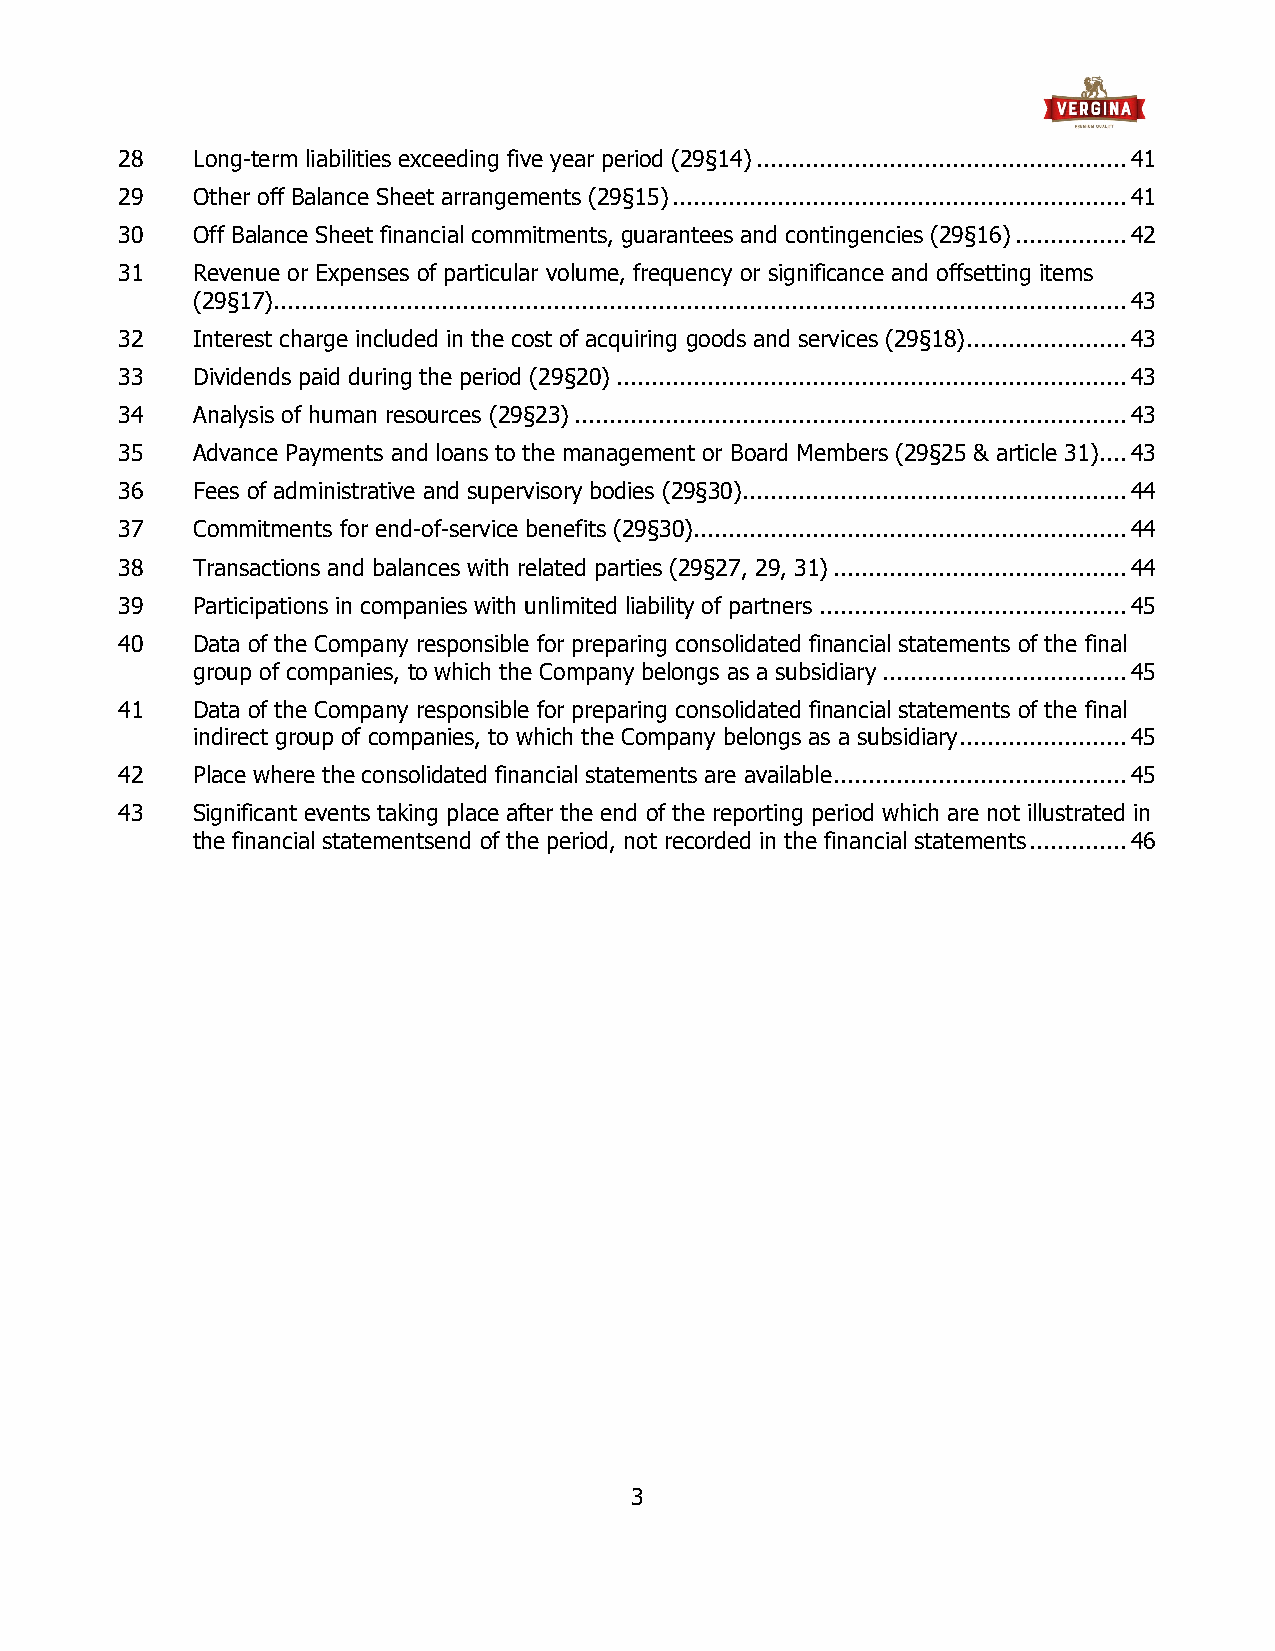
28   Long-term liabilities exceeding five year period (29§14) ..................................................... 41
 29   Other off Balance Sheet arrangements (29§15) ................................................................. 41
 30   Off Balance Sheet financial commitments, guarantees and contingencies (29§16) ................ 42
 31   Revenue or Expenses of particular volume, frequency or significance and offsetting items
 (29§17).......................................................................................................................... 43
 32   Interest charge included in the cost of acquiring goods and services (29§18) ....................... 43
 33   Dividends paid during the period (29§20) ......................................................................... 43
 34   Analysis of human resources (29§23) ............................................................................... 43
 35   Advance Payments and loans to the management or Board Members (29§25 & article 31) .... 43
 36   Fees of administrative and supervisory bodies (29§30) ....................................................... 44
 37   Commitments for end-of-service benefits (29§30).............................................................. 44
 38   Transactions and balances with related parties (29§27, 29, 31) .......................................... 44
 39   Participations in companies with unlimited liability of partners ............................................ 45
 40   Data of the Company responsible for preparing consolidated financial statements of the final
 group of companies, to which the Company belongs as a subsidiary ................................... 45
 41   Data of the Company responsible for preparing consolidated financial statements of the final
 indirect group of companies, to which the Company belongs as a subsidiary ........................ 45
 42   Place where the consolidated financial statements are available .......................................... 45
 43   Significant events taking place after the end of the reporting period which are not illustrated in
 the financial statementsend of the period, not recorded in the financial statements .............. 46
 3